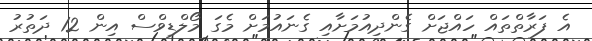
އެ ފަރާތްތައް ހައްޖަށް ގެންދިއުމަށާއި ގެނައުމަށް މެގަ މޯލްޑިވްސް އިން 12 ދަތުރު